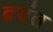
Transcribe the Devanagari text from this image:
ब्रयंत